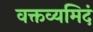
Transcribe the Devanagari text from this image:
वक्तव्यमिदं